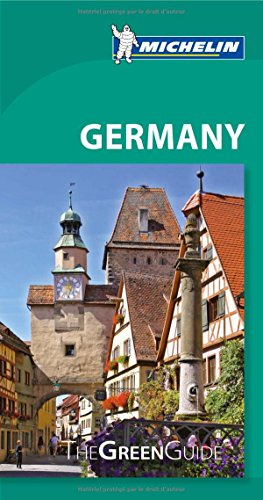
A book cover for Michelin Green Guide Germany (Green Guides); Michelin; Travel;